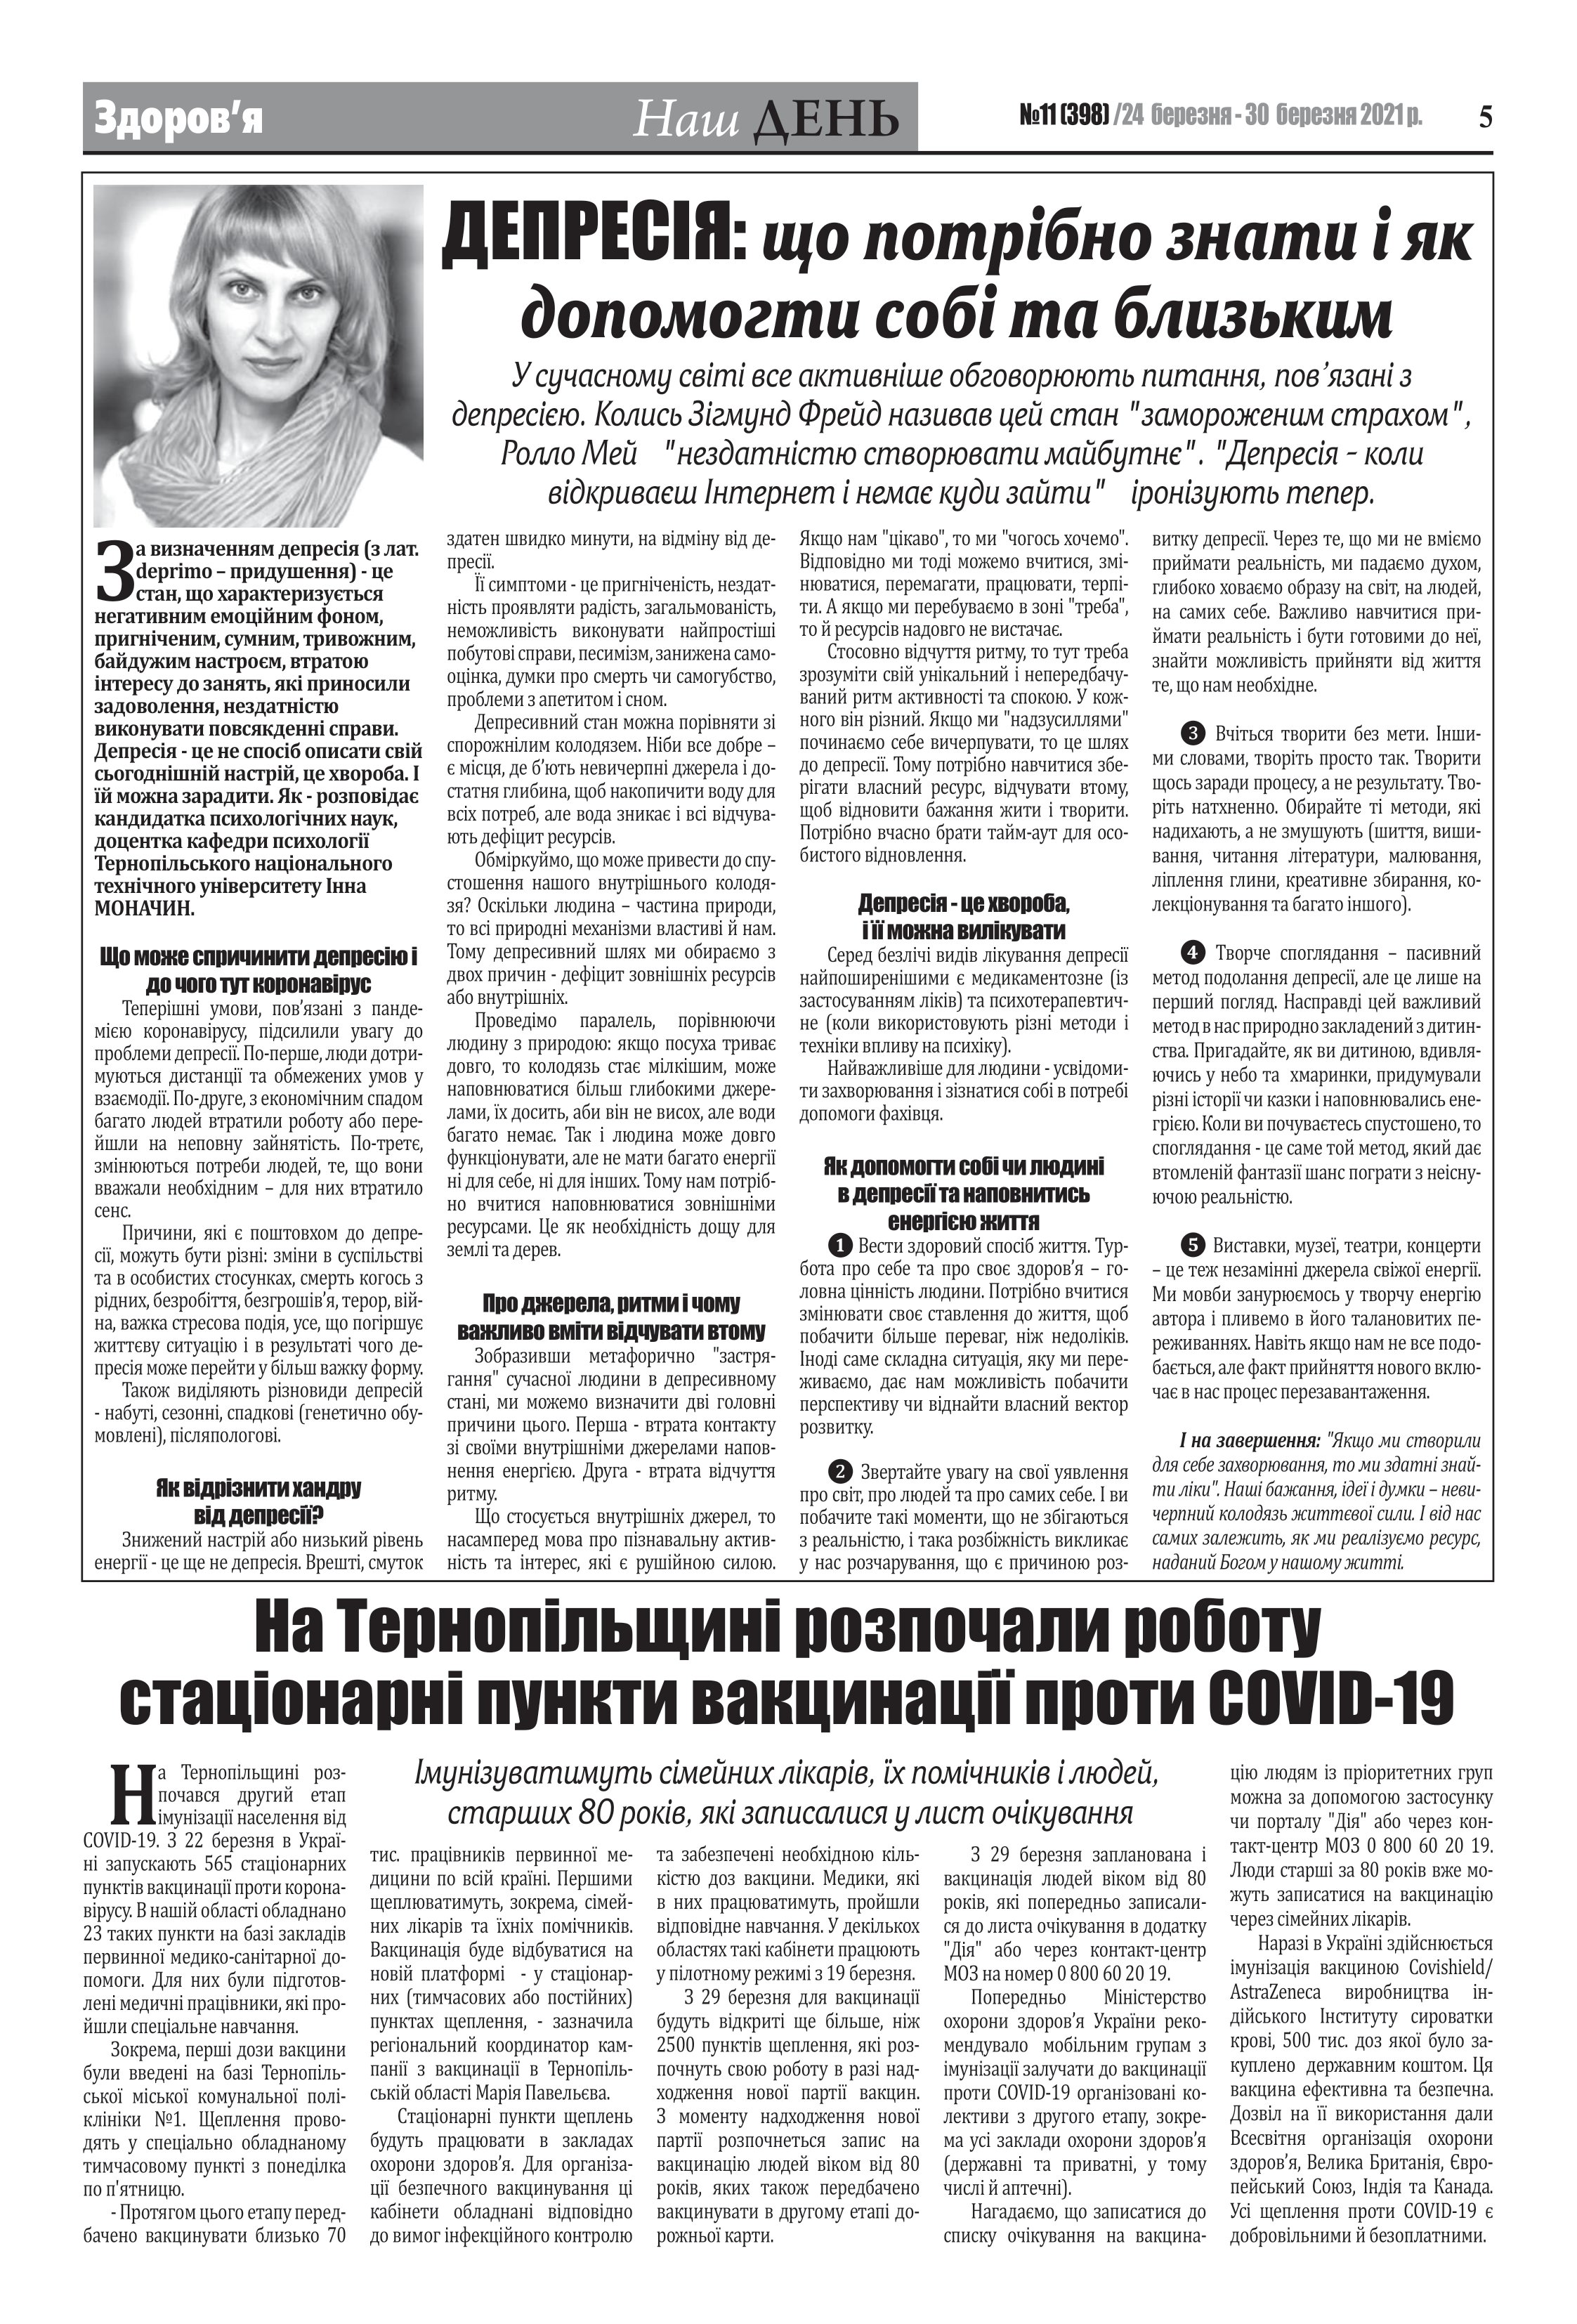
Language: uk